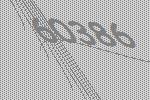
60386